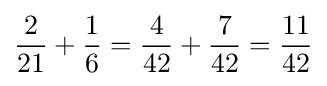
{2 \over 21}+{1 \over 6}={4 \over 42}+{7 \over 42}={11 \over 42}